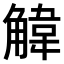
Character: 𫌱